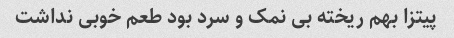
پیتزا بهم ریخته بی نمک و سرد بود طعم خوبی نداشت